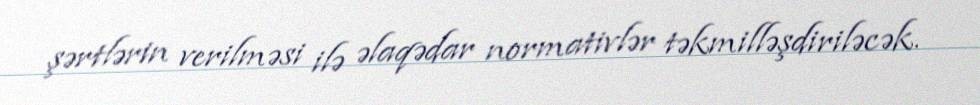
şərtlərin verilməsi ilə əlaqədar normativlər təkmilləşdiriləcək.